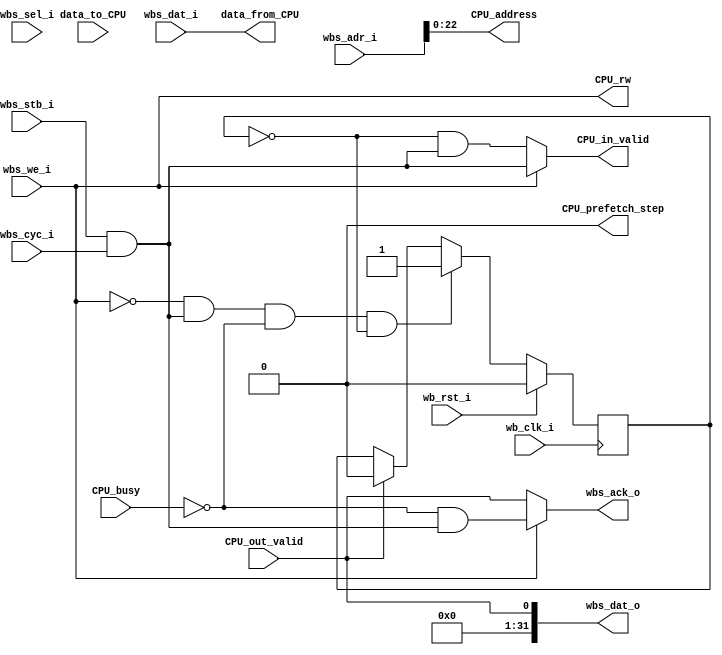
module WB_controller (

    // WB interface
    input wb_clk_i,
    input wb_rst_i,
    input wbs_stb_i,
    input wbs_cyc_i,
    input wbs_we_i,
    input [3:0] wbs_sel_i,
    input [31:0] wbs_dat_i,
    input [31:0] wbs_adr_i,
    output wbs_ack_o,
    output [31:0] wbs_dat_o,

    /*
    // Logic Analyzer Signals
    input  [127:0] la_data_in,
    output [127:0] la_data_out,
    input  [127:0] la_oenb,

    // IOs
    input  [`MPRJ_IO_PADS-1:0] io_in,
    output [`MPRJ_IO_PADS-1:0] io_out,
    output [`MPRJ_IO_PADS-1:0] io_oeb,

    // IRQ
    output [2:0] irq*/

    // SDRAM request from CPU (controller interface)
    output   [22:0] CPU_address,
    output   CPU_rw, // 1 = write, 0 = read
    output   [31:0] data_from_CPU,
    input    [31:0] data_to_CPU,
    input    CPU_busy,
    output   CPU_in_valid,
    input    CPU_out_valid,
    output   CPU_prefetch_step,
);
    wire clk;
    wire rst, rst_n;

    wire valid;

    wire sdram_cle;
    wire sdram_cs;
    wire sdram_cas;
    wire sdram_ras;
    wire sdram_we;
    wire sdram_dqm;
    wire [1:0] sdram_ba;
    wire [12:0] sdram_a;
    wire [31:0] d2c_data;
    wire [31:0] c2d_data;
    wire [3:0]  bram_mask;

    wire [22:0] CPU_address;
    wire CPU_busy;
    wire CPU_in_valid, CPU_out_valid;

    reg CPU_in_valid_q;
    
    // WB MI A
    
    assign valid = wbs_stb_i && wbs_cyc_i;
    assign CPU_in_valid = wbs_we_i ? valid : ~CPU_in_valid_q && valid;
    assign wbs_ack_o = (wbs_we_i) ? ~CPU_busy && valid : CPU_out_valid; 
    assign bram_mask = wbs_sel_i & {4{wbs_we_i}};
    assign CPU_address = wbs_adr_i[22:0];


    //assign clk = (~la_oenb[64]) ? la_data_in[64]: wb_clk_i;
    assign clk = wb_clk_i;
    //assign rst = (~la_oenb[65]) ? la_data_in[65]: wb_rst_i;
    assign rst = wb_rst_i;
    assign rst_n = ~rst;

    always @(posedge clk) begin
        if (rst) begin
            CPU_in_valid_q <= 1'b0;
        end
        else begin
            if (~wbs_we_i && valid && ~CPU_busy && CPU_in_valid_q == 1'b0)
                CPU_in_valid_q <= 1'b1;
            else if (CPU_out_valid)
                CPU_in_valid_q <= 1'b0;
        end
    end


    //////////////////////// (SDRAM request from CPU) ////////////////////////
    assign wbs_dat_o=CPU_out_valid;
    assign CPU_rw=wbs_we_i;
    assign data_from_CPU=wbs_dat_i;
    assign CPU_prefetch_step=0;
    


    


endmodule